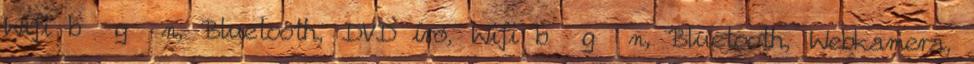
Wifi b g n, Bluetooth, DVD író, Wifi b g n, Bluetooth, Webkamera,